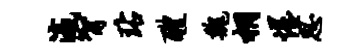
瀛甯玷醴魏桐惺思